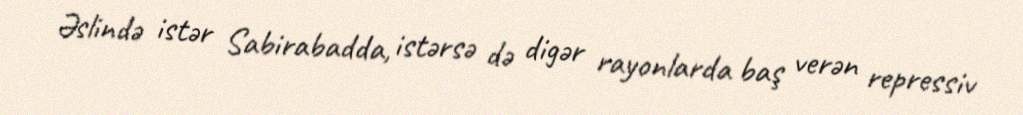
Əslində istər Sabirabadda, istərsə də digər rayonlarda baş verən repressiv